Report of the Indian Hemp Drugs Commission, 1894-1895 - Volume I
Year: 1894
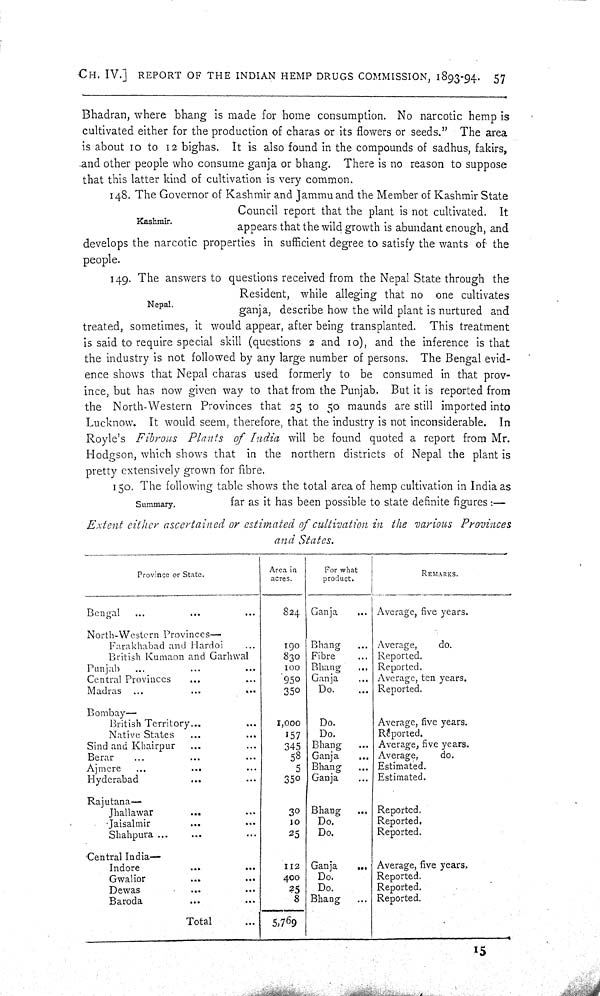
CH. IV.] REPORT OF THE INDIAN HEMP DRUGS COMMISSION, 1893-94. 57
Bhadran, where bhang is made for home consumption. No narcotic hemp is
cultivated either for the production of charas or its flowers or seeds." The area
is about 10 to 12 bighas. It is also found in the compounds of sadhus, fakirs,
and other people who consume ganja or bhang. There is no reason to suppose
that this latter kind of cultivation is very common.
Kashmir.
148. The Governor of Kashmir and Jammu and the Member of Kashmir State
Council report that the plant is not cultivated. It
appears that the wild growth is abundant enough, and
develops the narcotic properties in sufficient degree to satisfy the wants of the
people.
Nepal.
149. The answers to questions received from the Nepal State through the
Resident, while alleging that no one cultivates
ganja, describe how the wild plant is nurtured and
treated, sometimes, it would appear, after being transplanted. This treatment
is said to require special skill (questions 2 and 10), and the inference is that
the industry is not followed by any large number of persons. The Bengal evid-
ence shows that Nepal charas used formerly to be consumed in that prov-
ince, but has now given way to that from the Punjab. But it is reported from
the North-Western Provinces that 25 to 50 maunds are still imported into
Lucknow. It would seem, therefore, that the industry is not inconsiderable. In
Royle's Fibrous Plants of India will be found quoted a report from Mr.
Hodgson, which shows that in the northern districts of Nepal the plant is
pretty extensively grown for fibre.
Summary.
150. The following table shows the total area of hemp cultivation in India as
far as it has been possible to state definite figures:—
Extent either ascertained or estimated of cultivation in the various Provinces
and States.
Province or State.
Area in
For what
REMARKS.
Province or State.
acres.
product.
REMARKS.
Bengal
824 Ganja
Average, five years.
North-Western Provinces—
Farakhabad and Hardoi
190
Bhang
Average,
do.
British Kumaon and Garhwal
830 Fibre
Reported.
Punjab
100
Bhang
Reported.
Central Provinces
950 Ganja
Average, ten years.
Madras
350
Do.
Reported.
Bombay—
British Territory
1,000
Do.
Average, five years.
Native States
157
Do.
Reported.
Sind and Khairpur
345 Bhang
Average, five years.
Berar
58 Ganja
Average,
do.
Ajmere
5 Bhang
Estimated.
Hyderabad
350 Ganja
Estimated.
Rajutana— Rajutana—
30 Bhang
Reported.
Jhallawar
30 Bhang
Reported.
Jaisalmir
10
Do.
Reported.
Shahpura
25
Do.
Reported.
Central India—
Indore
112
Ganja
Average, five years.
Gwalior
400
Do.
Reported.
Dewas
25
Do.
Reported.
Baroda
8 Bhang
Reported.
Total
5,769
Bhang
15